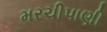
મરચીપાણી